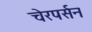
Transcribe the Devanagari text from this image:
चेरपर्सन